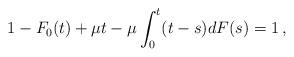
LaTeX: \begin{align*} 1-F_0(t)+\mu t-\mu\int_0^t(t-s)dF(s)=1\,,\end{align*}